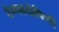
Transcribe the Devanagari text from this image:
वैष्णवतोषिणी